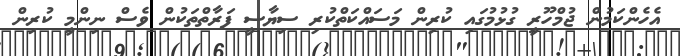
އެހެންކަމުން ޖުމްހޫރީ ގުޅުމުގައި ކުރިން މަސައްކަތްކުރި ސިޔާސީ ފަރާތްތަކުން ވެސް ނިންމީ ކުރިން